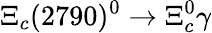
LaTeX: \Xi_{c}(2790)^{0}\to\Xi_{c}^{0}\gamma